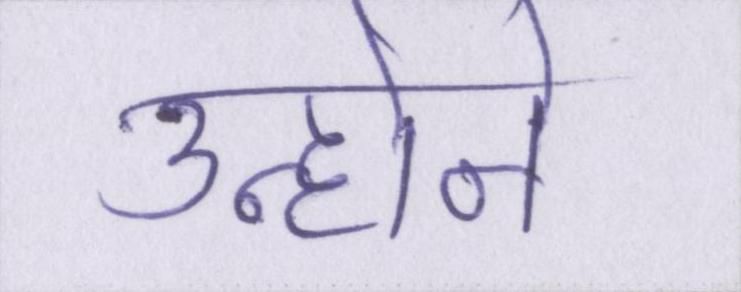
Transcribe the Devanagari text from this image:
उन्होनें